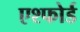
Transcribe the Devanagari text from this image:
एश्फोर्ड